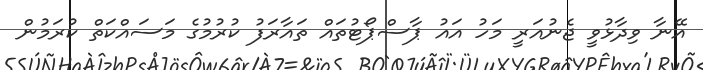
އޭނާ ވިދާޅުވީ ޖެނުއަރީ މަހު އައު ޕާސްޕޯޓުތައް ތައާރަފު ކުރުމުގެ މަސައްކަތް ކުރަމުން